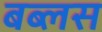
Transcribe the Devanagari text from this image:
बब्लस